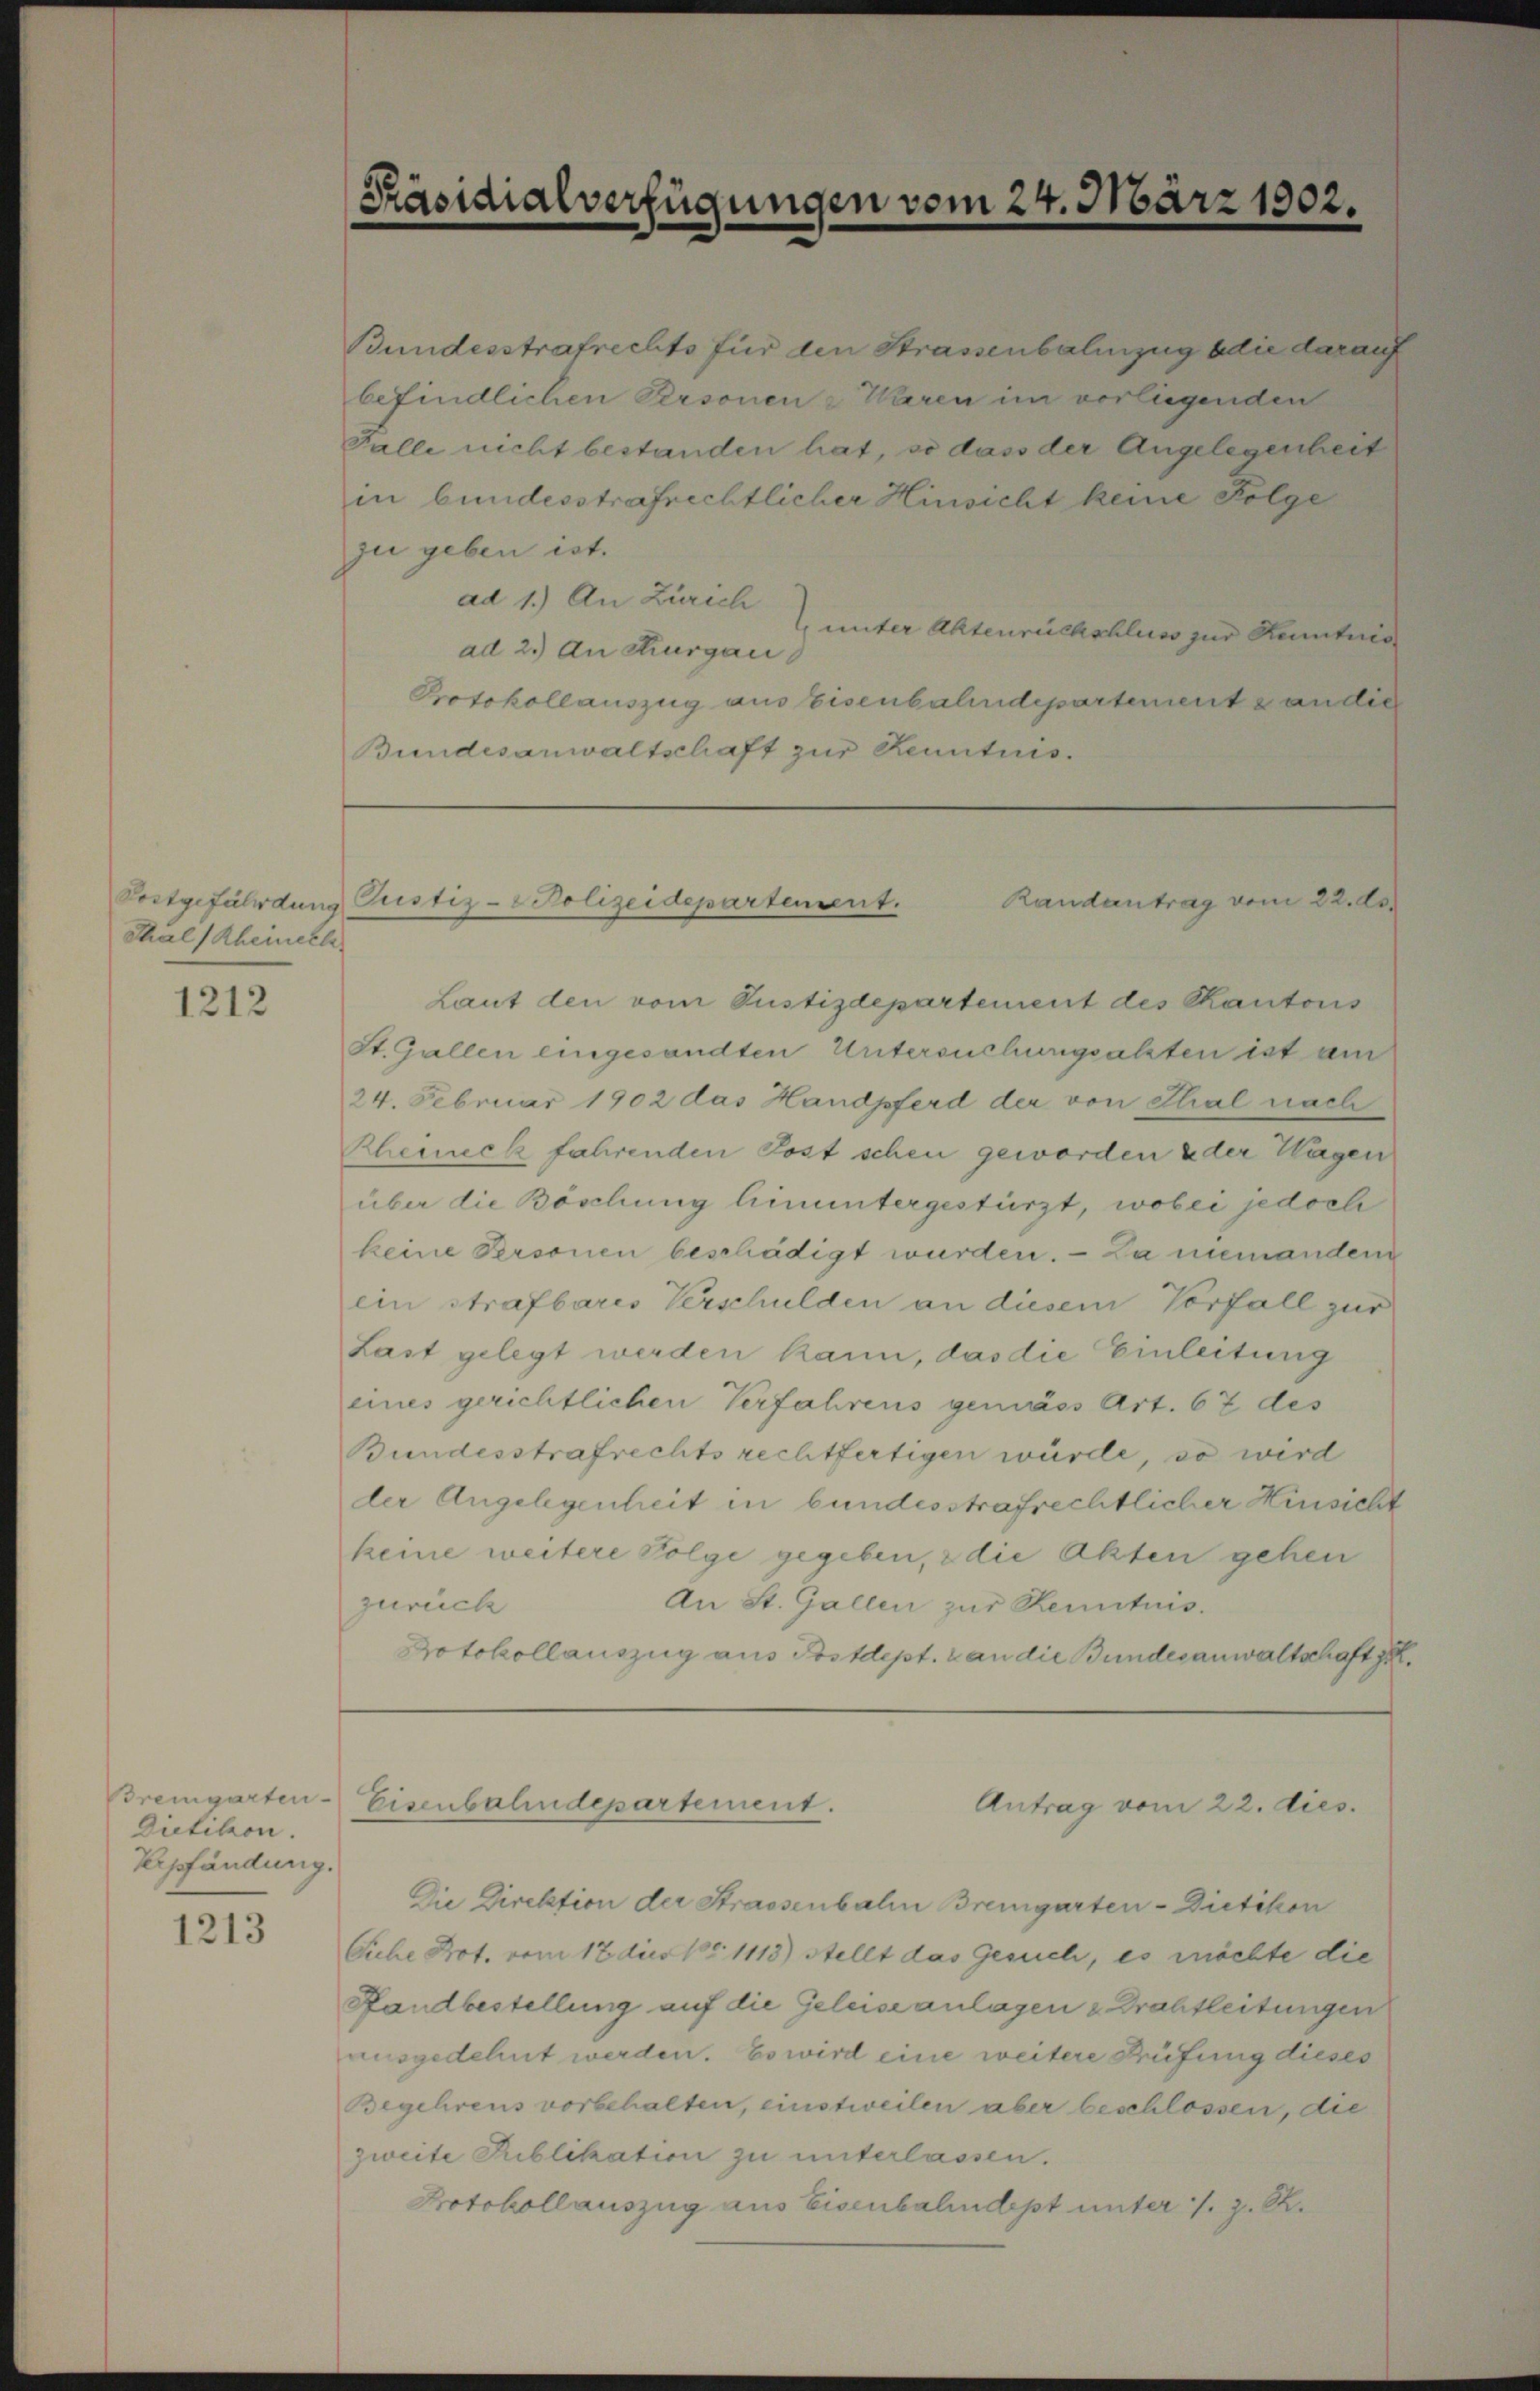
Postgefährdung
Thal (Rheinerle

1212

Bremgarten
Dietikon.
Urpfändung.

1213

Bundesstrafrechts für den Strassenbahnzug die darauf
befindlichen Personen - Waren im vorliegenden
Falle nicht bestanden hat, so dass der Angelegenheit
in bundesstrafrechtlicher Hinsicht keine Folge
zu geben ist.
ad 1.) An Zürich
 unter Aktenrückschluss zur Kenntnis
ad 2.) An Thurgau
Protokoll auszug aus Eisenbahndepartement candie
Bundesanwaltschaft zur Kenntnis.

Präsidialverfügungen vom 24. März 1902.

Justiz-Polizeidepartement.
Randantrag vom 22. ds.

Laut den vom Justizdepartement des Kantons
St. Gallen eingesandten Untersuchungsalten ist am
24. Februar 1902 das Haudpferd der von Thal nach
Rheineck fahrenden Post schen geworden u der Wagen
über die Böschung hinuntergestürzt, wobei jedoch
keine Personen beschädigt wurden. — Da niemanden
ein Strafbares Verschulden an diesem Vorfall zur
Last gelegt werden kann, das die Einleitung
eines gerichtlichen Verfahrens gemäss Art. 67 des
Bundesstrafrechts rechtfertigen würde, so wird
der Angelegenheit in bundesstrafrechtlicher Hinsicht
keine weitere Folge gegeben, & die Akten gehen
An St. Gallen zur Kenntnis.
zurück
Protokollauszug aus Postdept. an die Bundesanwaltschaft zu.

Die Direktion der Strassenbalm Bremgarten- Dietikon
Siche Prot. vom 17. dies 18. 1113) Stellt das Gesuch, es möchte die
Standbestellung auf die Geleiseanlagen & Drahtleitungen
ausgedehnt werden. Es wird eine weitere Prüfung dieses
Begehrens vorbehalten, einstweilen aber beschlossen, die
zweite Publikation zu unterlassen.
Protokollauszug aus Eisenbahndept unter s. z. R.

Eisenbahndepartement.

Antrag vom 22. dies